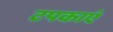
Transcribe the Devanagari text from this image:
टपकाएं